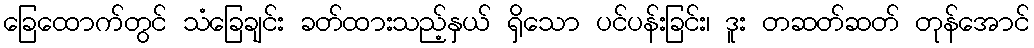
ခြေထောက်တွင် သံခြေချင်း ခတ်ထားသည့်နှယ် ရှိသော ပင်ပန်းခြင်း၊ ဒူး တဆတ်ဆတ် တုန်အောင်